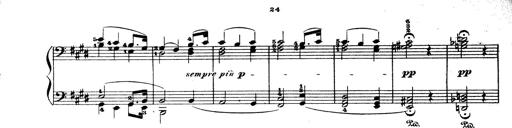
Title: Wagner-Liszt Album
Composer: Franz Liszt